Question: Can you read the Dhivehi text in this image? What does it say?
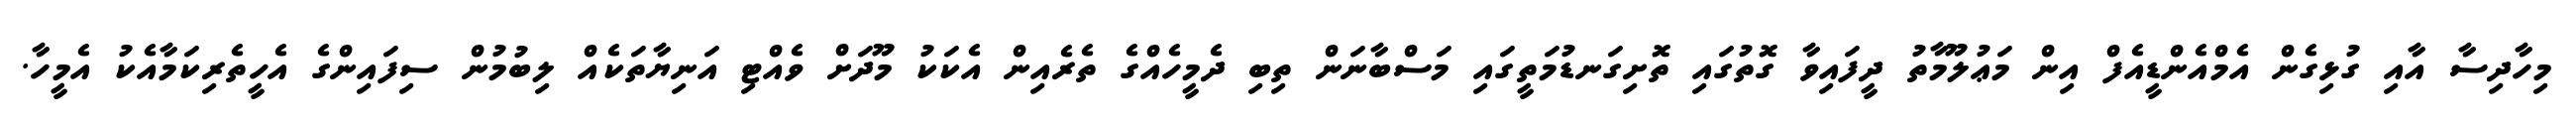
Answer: މިހާދިސާ އާއި ގުޅިގެން އެމްއެންޑީއެފް އިން މަޢުލޫމާތު ދީފައިވާ ގޮތުގައި ތޮށިގަނޑުމަތީގައި މަސްބާނަން ތިބި ދެމީހެއްގެ ތެރެއިން އެކަކު މޫދަށް ވެއްޓި އަނިޔާތަކެއް ލިބުމުން ސިފައިންގެ އެހީތެރިކަމާއެކު އެމީހާ.